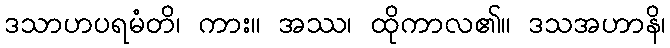
ဒသာဟပရမံတိ၊ ကား။ အဿ၊ ထိုကာလ၏။ ဒသအဟာနိ၊